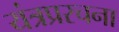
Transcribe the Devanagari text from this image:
यंत्रप्ररचना